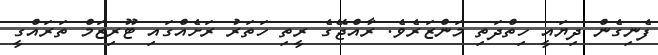
ފެނިގެން ދިޔައީ ހިތްދަތި މަންޒަރެވެ. ރާއްޖޭގެ ރީތި ހަތަރު ރަށެއްގައި ޓޫރިޒަމް ތަރައްގީ